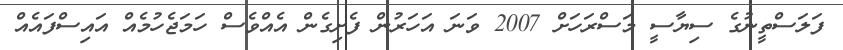
ފަލަސްތީނުގެ ސިޔާސީ މަސްރަހަށް 2007 ވަނަ އަހަރުން ފެށިގެން އެއްވެސް ހަމަޖެހުމެއް އައިސްފައެއް